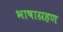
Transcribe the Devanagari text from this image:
भाषाग्रहण